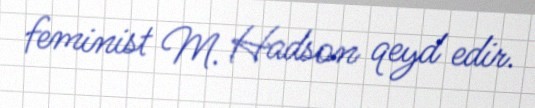
feminist M. Hadson qeyd edir.